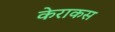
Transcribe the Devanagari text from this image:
केराकस